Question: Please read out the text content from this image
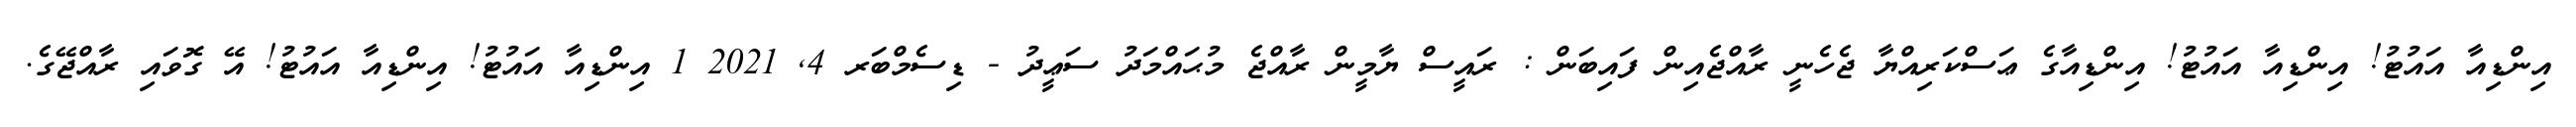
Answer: އިންޑިއާ އައުޓު! އިންޑިއާ އައުޓު! އިންޑިއާގެ ޢަސްކަރިއްޔާ ޖެހެނީ ރާއްޖެއިން ފައިބަން : ރައީސް ޔާމީން ރާއްޖެ މުޙައްމަދު ސަޢީދު - ޑިސެމްބަރ 4, 2021 1 އިންޑިއާ އައުޓު! އިންޑިއާ އައުޓު! އޭ ގޮވައި ރާއްޖޭގެ.